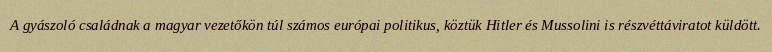
A gyászoló családnak a magyar vezetőkön túl számos európai politikus, köztük Hitler és Mussolini is részvéttáviratot küldött.